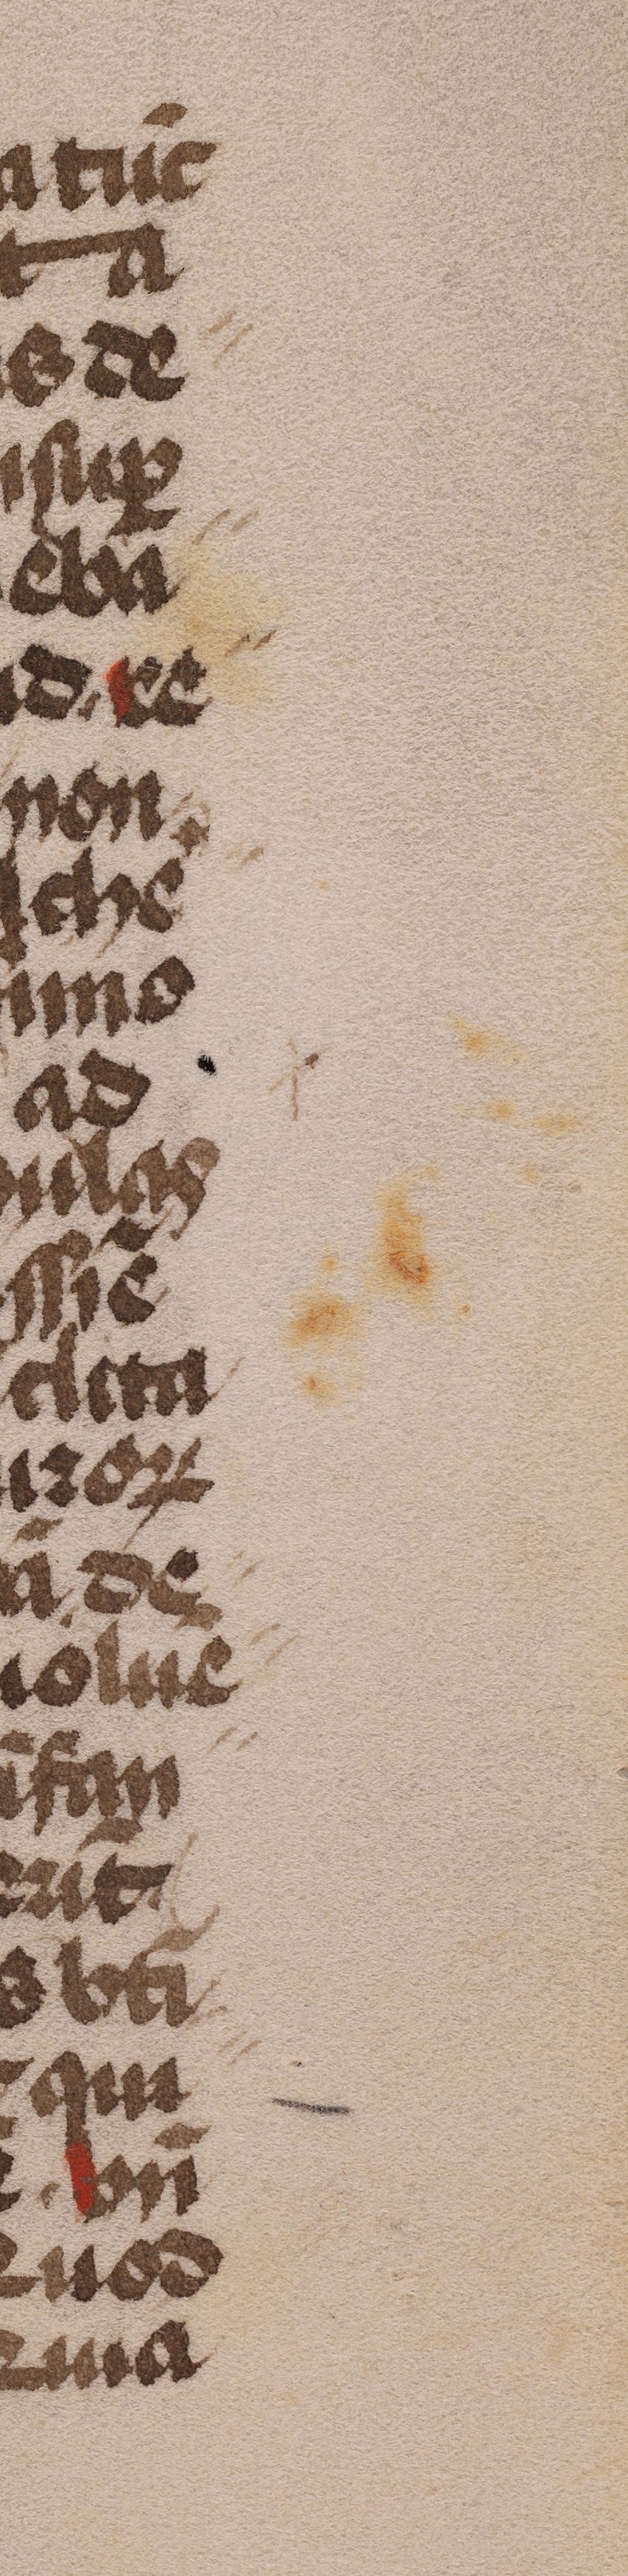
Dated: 1485–1515